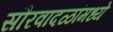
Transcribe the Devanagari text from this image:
सौरवादळांमध्ये